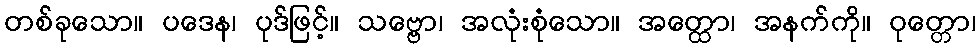
တစ်ခုသော။ ပဒေန၊ ပုဒ်ဖြင့်။ သဗ္ဗော၊ အလုံးစုံသော။ အတ္ထော၊ အနက်ကို။ ဝုတ္တော၊